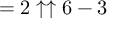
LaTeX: = 2 \uparrow \uparrow 6 - 3